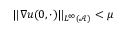
\| \nabla u ( 0 , \cdot ) \| _ { L ^ { \infty } ( \mathcal { A } ) } < \mu